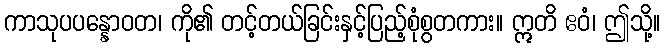
ကာသုပပန္နောဝတ၊ ကို၏ တင့်တယ်ခြင်းနှင့်ပြည့်စုံစွတကား။ ဣတိ ဧဝံ၊ ဤသို့။